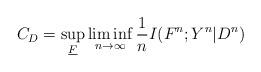
LaTeX: \begin{align*}C_D = \sup_{\underline{F}} \liminf_{n \to \infty} \frac{1}{n} I (F^n ; Y^n |D^n)\end{align*}